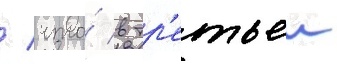
/ что́ в тр'етьеи